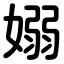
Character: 嫋